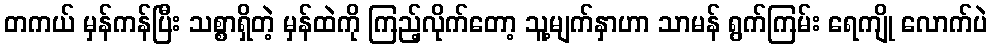
တကယ် မှန်ကန်ပြီး သစ္စာရှိတဲ့ မှန်ထဲကို ကြည့်လိုက်တော့ သူ့မျက်နှာဟာ သာမန် ရွက်ကြမ်း ရေကျို လောက်ပဲ